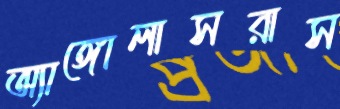
অ্যাঙ্গোলাসরাস